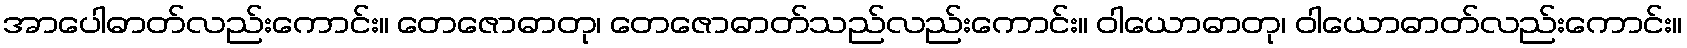
အာပေါဓာတ်လည်းကောင်း။ တေဇောဓာတု၊ တေဇောဓာတ်သည်လည်းကောင်း။ ဝါယောဓာတု၊ ဝါယောဓာတ်လည်းကောင်း။